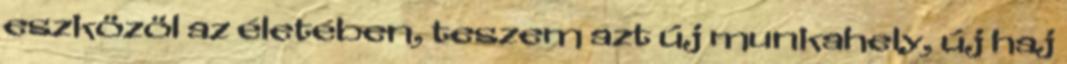
eszközöl az életében, teszem azt új munkahely, új haj